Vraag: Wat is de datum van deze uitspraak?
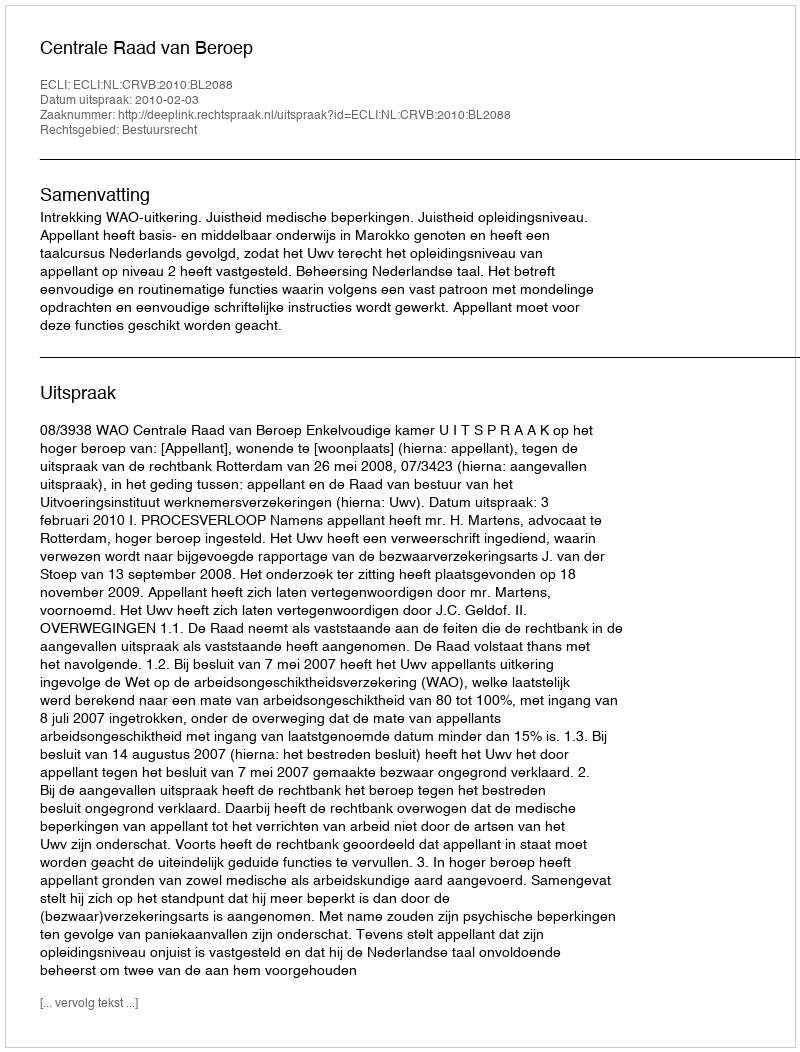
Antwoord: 2010-02-03